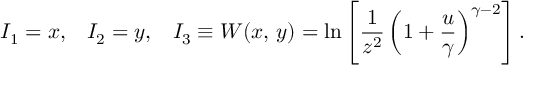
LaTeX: I _ { 1 } = x , \; \; \; I _ { 2 } = y , \; \; \; I _ { 3 } \equiv W ( x , \, y ) = \ln \left[ { \frac { 1 } { z ^ { 2 } } } \left( 1 + { \frac { u } { \gamma } } \right) ^ { \gamma - 2 } \right] .